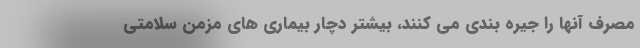
مصرف آنها را جیره بندی می کنند، بیشتر دچار بیماری های مزمن سلامتی